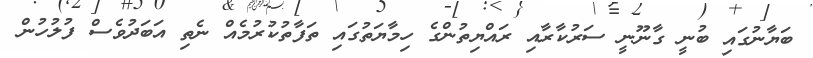
ބަޔާނުގައި ބުނީ ގާނޫނީ ސަރުކާރާއި ރައްޔިތުންގެ ހިމާޔަތުގައި ތަފާތުކުރުމެއް ނެތި އަބަދުވެސް ފުލުހުން